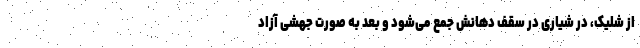
از شلیک، در شیاری در سقف دهانش جمع می‌شود و بعد به صورت جهشی آزاد